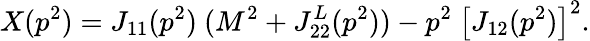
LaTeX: X(p^{2})=J_{11}(p^{2})\ (M^{2}+J_{22}^{L}(p^{2}))-p^{2}\ \left[J_{12}(p^{2})\right]^{2}.